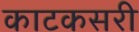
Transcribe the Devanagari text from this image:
काटकसरी